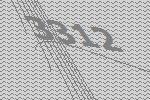
3312